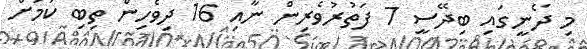
މި ދޯނީގައި ބިދޭސީ 7 ފަތުރުވެރިން ނާއި 16 ދިވެހިން ތިބި ކަމަށް